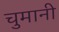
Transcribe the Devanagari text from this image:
चुमानी